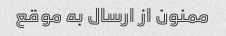
ممنون از ارسال به موقع